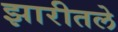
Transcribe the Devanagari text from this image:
झारीतले